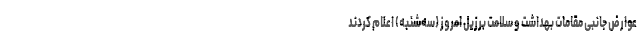
عوارض جانبی مقامات بهداشت و سلامت برزیل امروز (سه‌شنبه) اعلام کردند